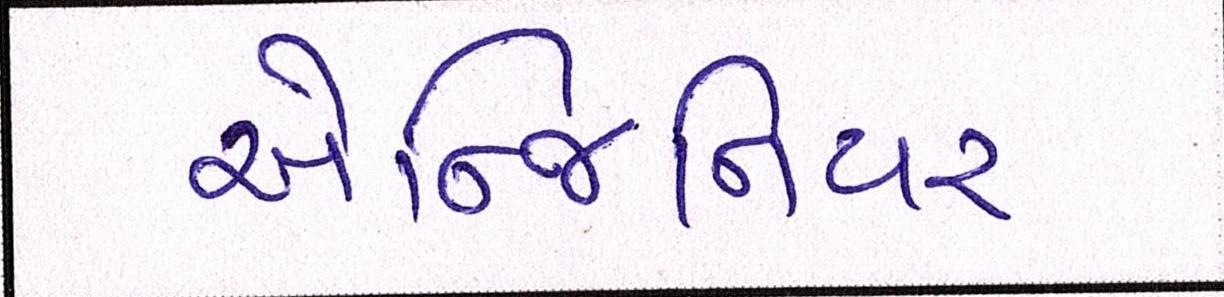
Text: એન્જિનિયર